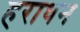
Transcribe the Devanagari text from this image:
हराधन